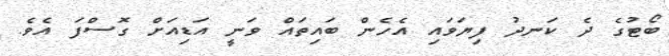
ބޯޓުގެ ދެ ކަނދު ފިޔަވައި އެހެން ބައިތައް ވަނީ އަޑިއަށް ގޮސްފަ އެވެ.